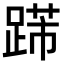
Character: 𨃋